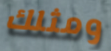
ومثلك